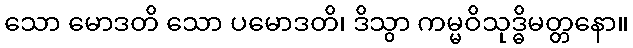
သော မောဒတိ သော ပမောဒတိ၊ ဒိသွာ ကမ္မဝိသုဒ္ဓိမတ္တနော။